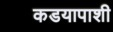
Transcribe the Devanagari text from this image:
कडयापाशी